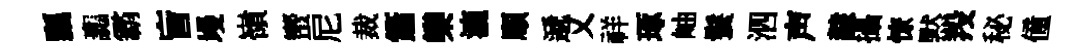
瓢讟霸盲墁嶺蠁尼裁簫欒漉頋遞乂祥琢岫鬟泗声隸攝憭黙羖秘僮